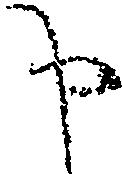
申